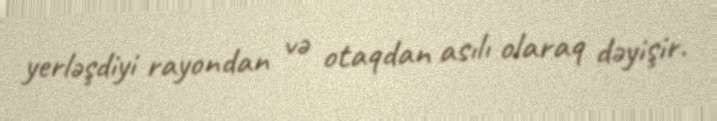
yerləşdiyi rayondan və otaqdan asılı olaraq dəyişir.